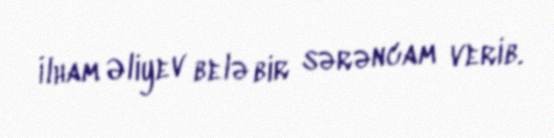
İlham Əliyev belə bir sərəncam verib.